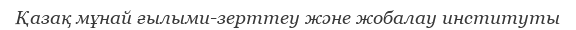
Қазақ мұнай ғылыми-зерттеу және жобалау институты